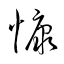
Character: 慷